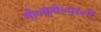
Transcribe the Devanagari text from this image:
गो०क्षे०प्र०में